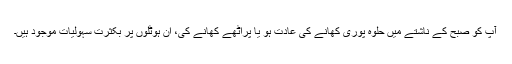
آپ کو صبح کے ناشتے میں حلوہ پوری کھانے کی عادت ہو یا پراٹھے کھانے کی، ان ہوٹلوں پر بکثرت سہولیات موجود ہیں۔